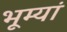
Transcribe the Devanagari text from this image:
भूम्यां